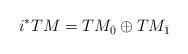
LaTeX: \begin{align*}i^* TM = TM_{\bar{0}}\oplus TM_{\bar{1}}\end{align*}